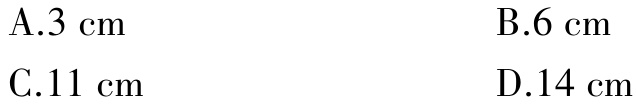
A.3 cm
B.6 cm
C.11 cm
D.14 cm